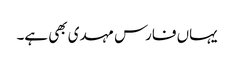
یہاں فارس مہدی بھی ہے۔